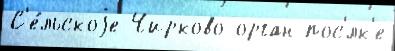
С'е́льскоjе Чирково орган пос'́лк'е